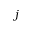
j